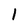
Character: I